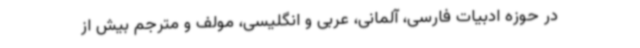
در حوزه ادبیات فارسی، آلمانی، عربی و انگلیسی، مولف و مترجم بیش از